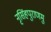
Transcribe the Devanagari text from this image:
नृसिंहपुराणमु